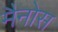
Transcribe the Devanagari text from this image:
मैनोस